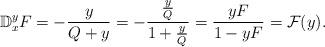
LaTeX: \begin{align*}\mathbb D_{x}^{y}F= -\frac y{Q+y}=-\frac {\frac yQ}{1+\frac yQ}={yF\over 1-yF}=\mathcal F(y).\end{align*}